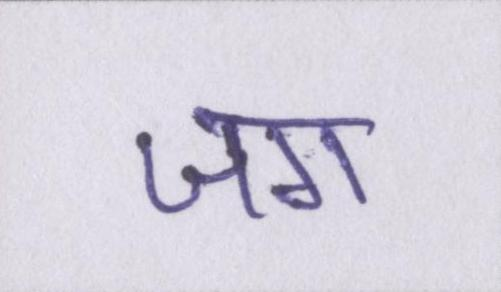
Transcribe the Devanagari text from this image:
जग